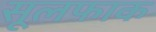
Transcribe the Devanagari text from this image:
सूलफाक